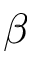
\beta